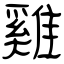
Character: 雞